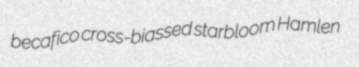
becafico cross-biassed starbloom Hamlen